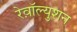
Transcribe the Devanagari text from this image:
रेव़ाॅल्युशन